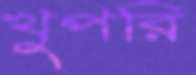
খুপরি